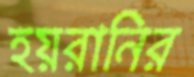
হয়রানির